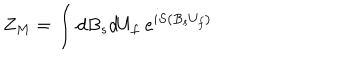
LaTeX: Z _ { M } = \int d B _ { s } d U _ { f } \ e ^ { i S \left( B _ { s } U _ { f } \right) }